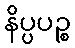
နိပ္ပပဉ္စ